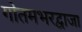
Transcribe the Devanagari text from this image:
गोतमभरद्वाजा